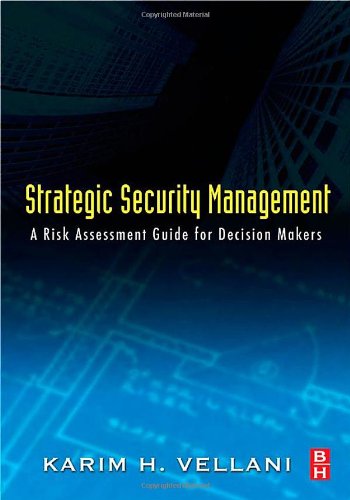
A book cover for Strategic Security Management: A Risk Assessment Guide for Decision Makers; Karim Vellani CPP  CSC  earned his M.S. from Sam Houston State University in Criminal Justice Management. He is a member of the International Association of Crime Analysis  International Association of Professional Security Consultants  and ASIS International.; Business & Money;